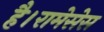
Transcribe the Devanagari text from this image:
है।रामेसेस